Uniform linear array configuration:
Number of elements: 24
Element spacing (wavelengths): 0.5
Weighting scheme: uniform
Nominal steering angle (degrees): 15
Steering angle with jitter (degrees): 15.997
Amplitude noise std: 0.05
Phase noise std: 0.05

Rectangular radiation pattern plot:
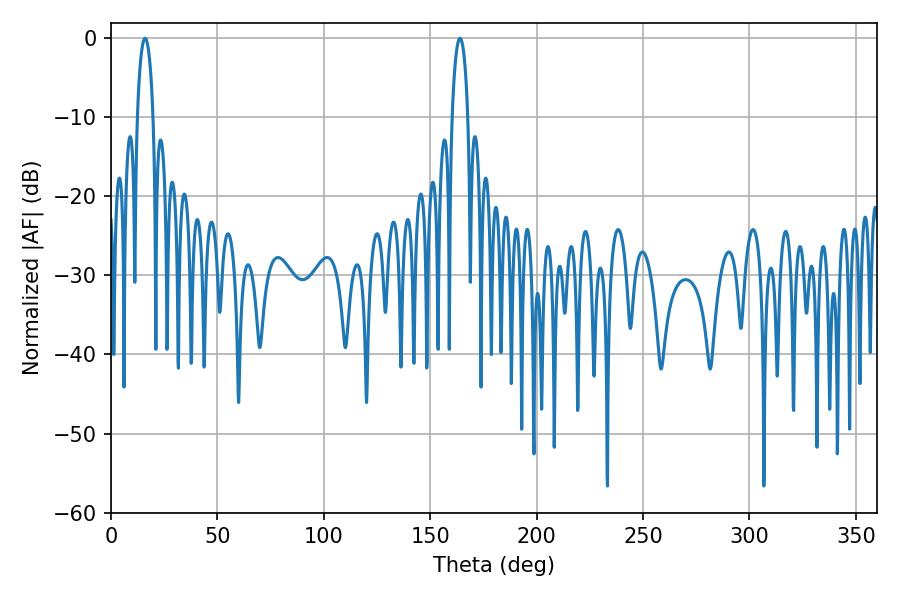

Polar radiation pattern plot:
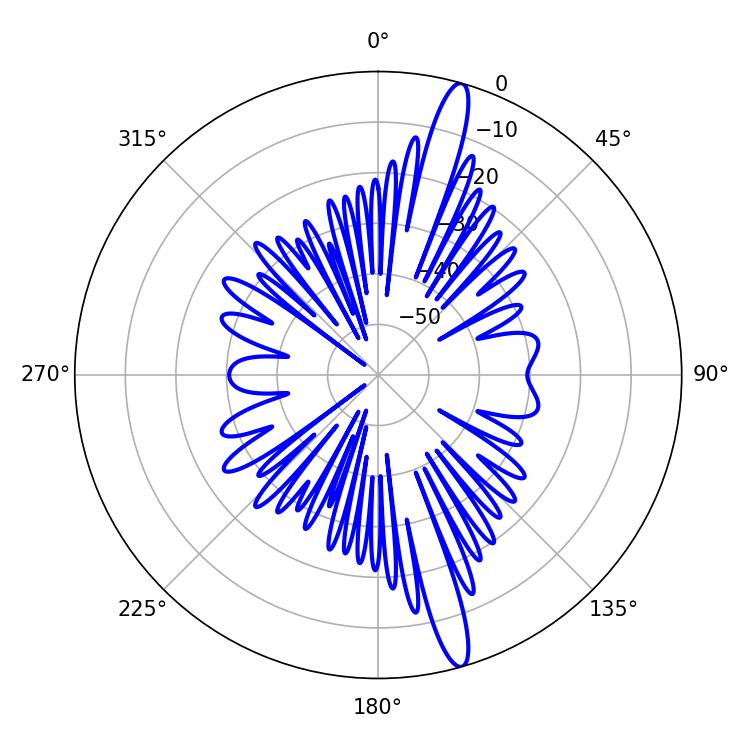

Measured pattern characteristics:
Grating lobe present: FALSE
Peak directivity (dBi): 16.276
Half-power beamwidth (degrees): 4.32
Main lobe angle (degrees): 16.02